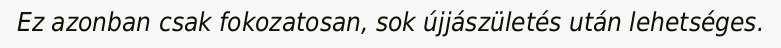
Ez azonban csak fokozatosan, sok újjászületés után lehetséges.